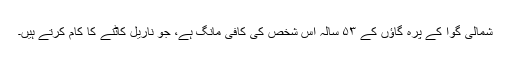
شمالی گوا کے پرّہ گاؤں کے ۵۳ سالہ اس شخص کی کافی مانگ ہے، جو ناریل کاٹنے کا کام کرتے ہیں۔